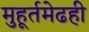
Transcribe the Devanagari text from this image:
मुहूर्तमेढही